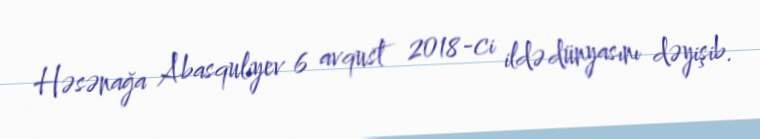
Həsənağa Abasquliyev 6 avqust 2018-ci ildə dünyasını dəyişib.